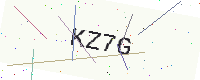
Text: KZ7G